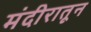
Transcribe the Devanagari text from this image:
मंदीरातून